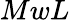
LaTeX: MwL